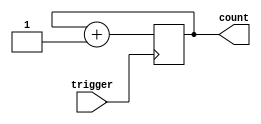
module Counter (
    input trigger,
    output reg [7:0] count
);

initial
begin
    count = 8'b0; // Initialize count to 0
end

always @(posedge trigger)
begin
    count <= count + 1; // Increment count by 1 on rising edge of trigger
end

endmodule